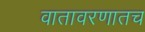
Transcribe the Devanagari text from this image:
वातावरणातच